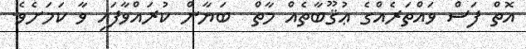
އޮތް ފަސް ވައްތަރެއްގެ ޢުޤޫބާތެއް މާތް  ބަޔާން ކުރައްވާފައި ވާ ކަމަށެވެ.